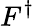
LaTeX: F^{\dagger}